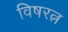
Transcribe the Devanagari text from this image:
विषरत्न